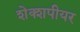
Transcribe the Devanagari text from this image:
शेक्शपीयर